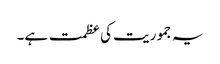
یہ جموریت کی عظمت ہے۔